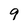
Character: 9